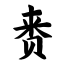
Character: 赉